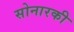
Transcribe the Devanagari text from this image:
सोनारकी